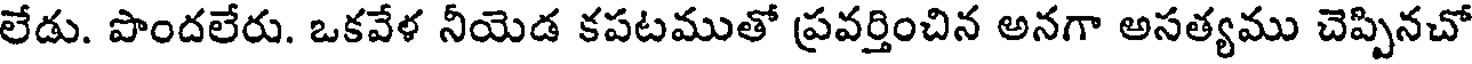
లేడు. పొందలేరు. ఒకవేళ నీయెడ కపటముతో ప్రవర్తించిన అనగా అసత్యము చెప్పినచో